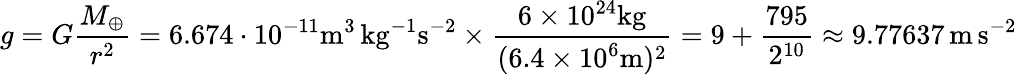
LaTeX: g=G{\frac{M_{\oplus}}{r^{2}}}=6.674\cdot 10^{-11}\mathrm{{m}^{3}\, {kg}^{-1}{s}^{-2}}\times{\frac{6\times 10^{24}\mathrm{kg}}{(6.4\times 10^{6}\mathrm{m})^{2}}}=9+{\frac{795}{2^{10}}}\approx 9.77637\, \mathrm{{m}\, {s}^{-2}}